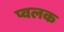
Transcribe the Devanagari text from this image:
प्वलक